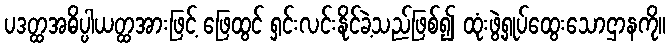
ပဒတ္ထအဓိပ္ပါယတ္ထအားဖြင့် ဖြေထွင် ရှင်းလင်းနိုင်ခဲ့သည်ဖြစ်၍ ထုံးဖွဲ့ရှုပ်ထွေးသောဌာနကို။